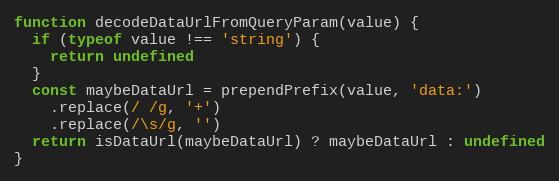
Language: JavaScript
function decodeDataUrlFromQueryParam(value) {
  if (typeof value !== 'string') {
    return undefined
  }
  const maybeDataUrl = prependPrefix(value, 'data:')
    .replace(/ /g, '+')
    .replace(/\s/g, '')
  return isDataUrl(maybeDataUrl) ? maybeDataUrl : undefined
}